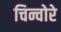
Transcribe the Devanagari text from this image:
चिन्चोरे